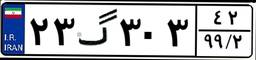
۲۳گ۳۰۳۴۲